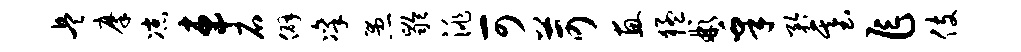
兵摩凉车石僻凛愚龄洮可苛惠猛彬皋矜基乍伎